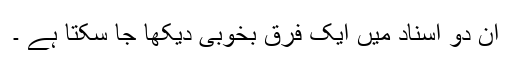
ان دو اسناد میں ایک فرق بخوبی دیکھا جا سکتا ہے ۔